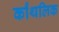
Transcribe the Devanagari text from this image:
र्कांथलिक